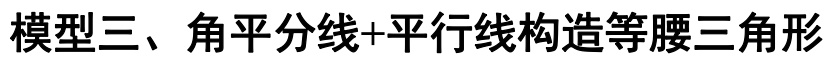
模型三、角平分线+平行线构造等腰三角形